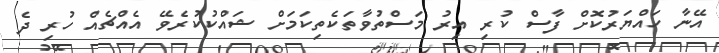
އޭނާ ހައްޔަރުކޮށް ފާސް ކުރި އިރު މަސްތުވާތަކެތިކަމަށް ޝައްކުކުރެވޭ އެއްޗެއް ހުރި ދެ